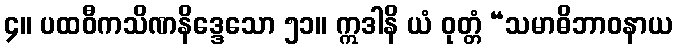
၄။ ပထဝီကသိဏနိဒ္ဒေသော ၅၁။ ဣဒါနိ ယံ ဝုတ္တံ “သမာဓိဘာဝနာယ